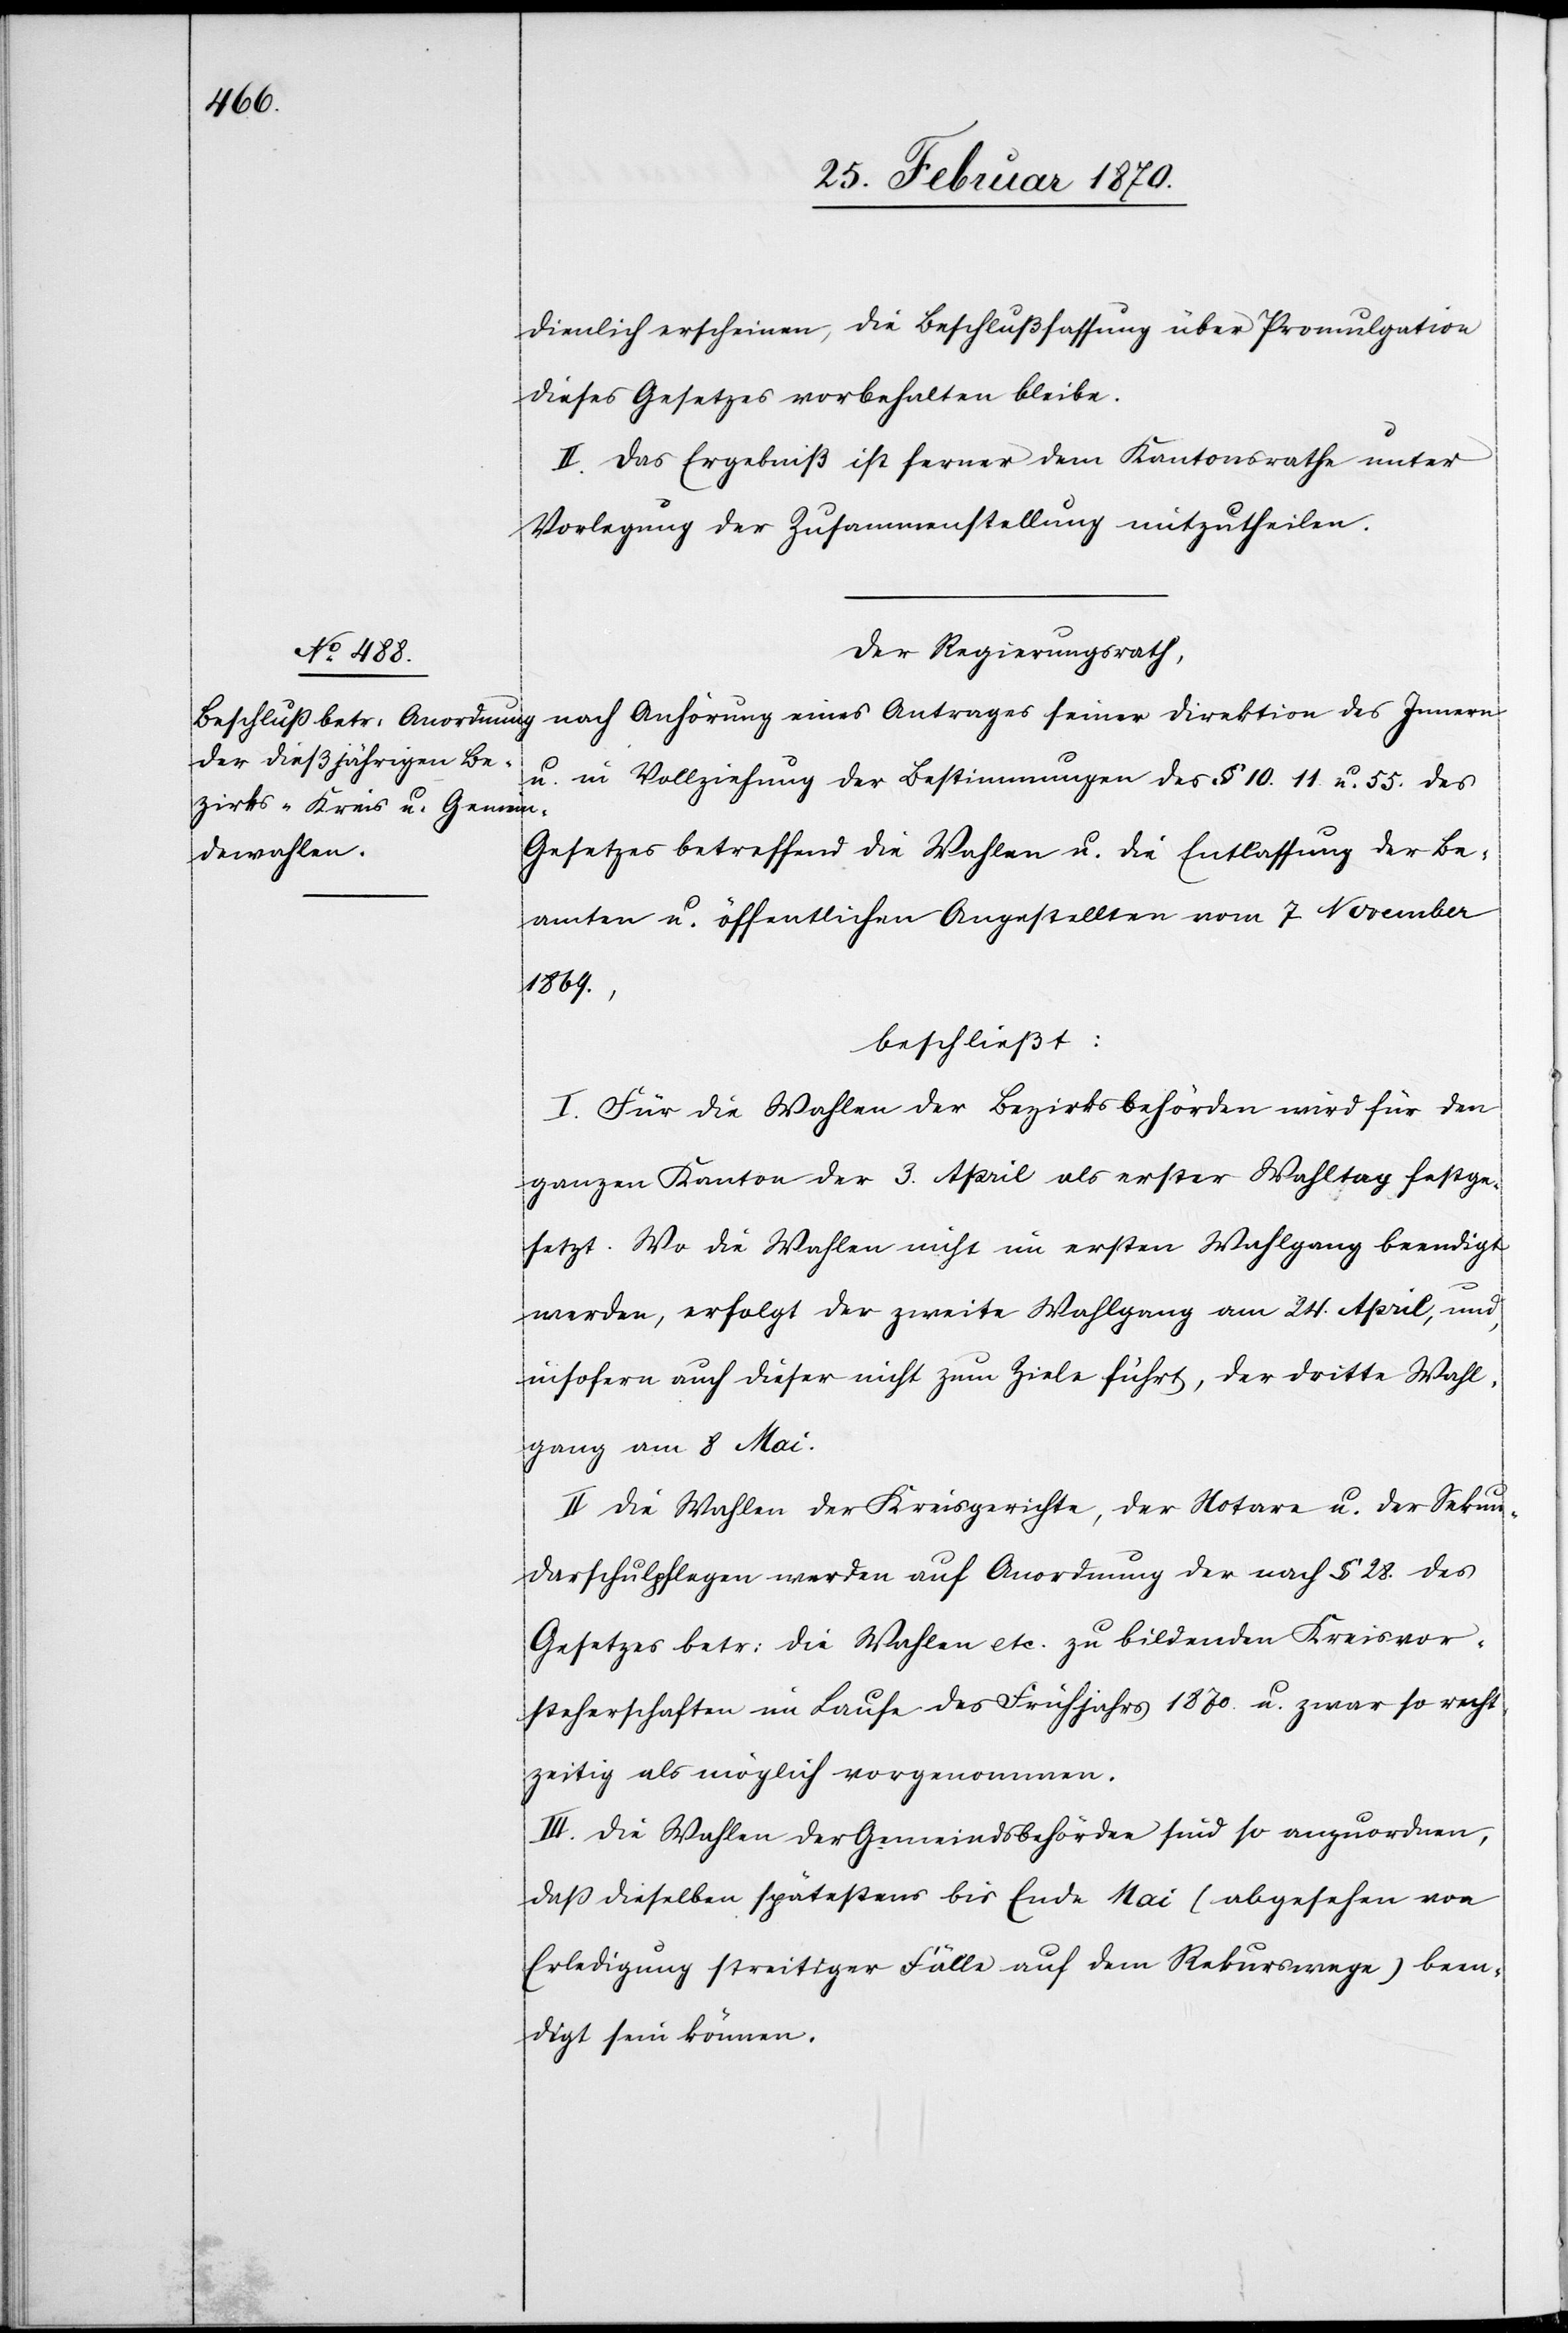
dienlich erscheinen, die Beschlußfassung über Promulgation
dieses Gesetzes vorbehalten bleibe.
II. Das Ergebniß ist ferner dem Kantonsrathe unter
Vorlegung der Zusammenstellung mitzutheilen.
Der Regierungsrath,
nach Anhörung eines Antrages seiner Direktion des Innern
u. in Vollziehung der Bestimmungen des § 10. 11. u. 55. des
Gesetzes betreffend die Wahlen u. die Entlassung der Be¬
amten u. öffentlichen Angestellten vom 7 November
1869.,
beschließt:
I. Für die Wahlen der Bezirksbehörden wird für den
ganzen Kanton der 3. April als erster Wahltag festge¬
setzt. Wo die Wahlen nicht im ersten Wahlgang beendigt
werden, erfolgt der zweite Wahlgang am 24. April, und,
insofern auch dieser nicht zum Ziele führt, der dritte Wahl¬
gang am 8 Mai.
II. Die Wahlen der Kreisgerichte, der Notare u. der Sekun¬
darschulpflegen werden auf Anordnung der nach § 28. des
Gesetzes betr: die Wahlen etc. zu bildenden Kreisvor¬
steherschaften im Laufe des Frühjahrs 1870. u. zwar so rech¬
tzeitig als möglich vorgenommen.
III. Die Wahlen der Gemeindsbehörde sind so anzuordnen,
daß dieselben spätestens bis Ende Mai (abgesehen von
Erledigung streitiger Fälle auf dem Rekurswege) been¬
digt sein können.